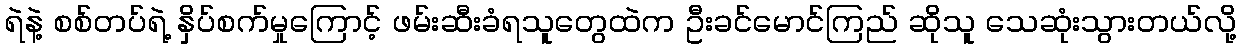
ရဲနဲ့ စစ်တပ်ရဲ့ နှိပ်စက်မှုကြောင့် ဖမ်းဆီးခံရသူတွေထဲက ဦးခင်မောင်ကြည် ဆိုသူ သေဆုံးသွားတယ်လို့